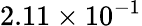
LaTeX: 2.11\times 10^{-1}